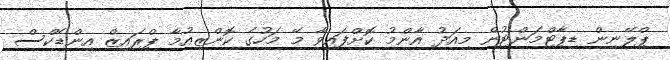
ޕްލޭނިން ޑިޕާޓްމަންޓުން މިއަދު އާންމު ކޮށްފައިވާ މޭ މަހުގެ ކޮންޒިއުމާ ޕްރައިޒް އިންޑެކްސް